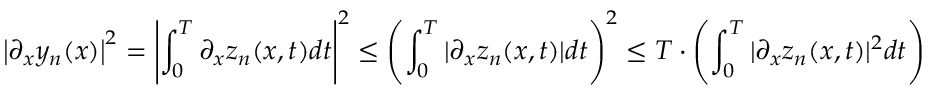
\left\vert \partial _ { x } y _ { n } ( x ) \right\vert ^ { 2 } = \left\vert \int _ { 0 } ^ { T } \partial _ { x } z _ { n } ( x , t ) d t \right\vert ^ { 2 } \leq \left( \int _ { 0 } ^ { T } | \partial _ { x } z _ { n } ( x , t ) | d t \right) ^ { 2 } \leq T \cdot \left( \int _ { 0 } ^ { T } | \partial _ { x } z _ { n } ( x , t ) | ^ { 2 } d t \right)